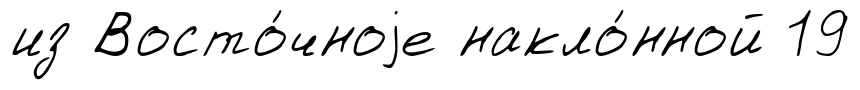
из Восто́чноjе накло́нной 19